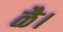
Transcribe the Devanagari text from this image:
ळै।